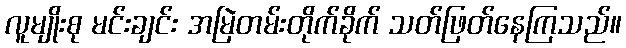
လူမျိုးစု မင်းချင်း အမြဲတမ်းတိုက်ခိုက် သတ်ဖြတ်နေကြသည်။